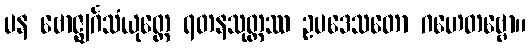
ပန ဗောဇ္ဈင်္ဂသံယုတ္တေ ရတနသုတ္တဿ ဥပဒေသတော ဂဟေတဗ္ဗော။